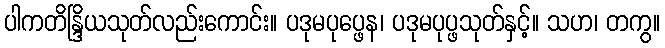
ပါကတိန္ဒြိယသုတ်လည်းကောင်း။ ပဒုမပုပ္ဖေန၊ ပဒုမပုပ္ဖသုတ်နှင့်။ သဟ၊ တကွ။